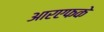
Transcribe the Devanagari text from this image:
आरएफके